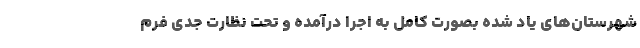
شهرستان‌های یاد شده بصورت کامل به اجرا درآمده و تحت نظارت جدی فرم